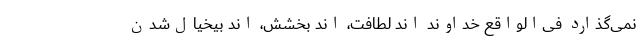
نمی‌گذارد فی‌الواقع خداوند اِند لطافت، اِند بخشش، اِند بیخیال‌شدن